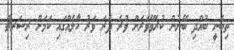
ތިބެނީ ބުއްދި ބޭނުން ކުރެވޭވަރަށް ވުރެ ދެރަ ވަރު ހާލެއްގައި ކަމަށް ރިސަރޗް